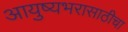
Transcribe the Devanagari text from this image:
आयुष्यभरासाठीचा